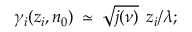
\gamma _ { i } ( z _ { i } , n _ { 0 } ) \: \simeq \: \sqrt { j ( \nu ) } \: \: z _ { i } / \lambda ;